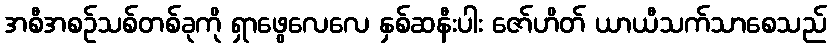
အစီအစဉ်သစ်တစ်ခုကို ရှာဖွေလေလေ နှစ်ဆနီးပါး ဇော်ဟိတ် ယာယီသက်သာစေသည်